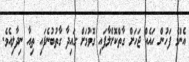
އެންމެ ފަހުން ހައެއް ޖަހަށް ގާތްކޮށްލާފައި ގޮވުމަށް ގައިދާ ގާތުބުނެފައި ތިއާ ނިދާލިއެވެ.